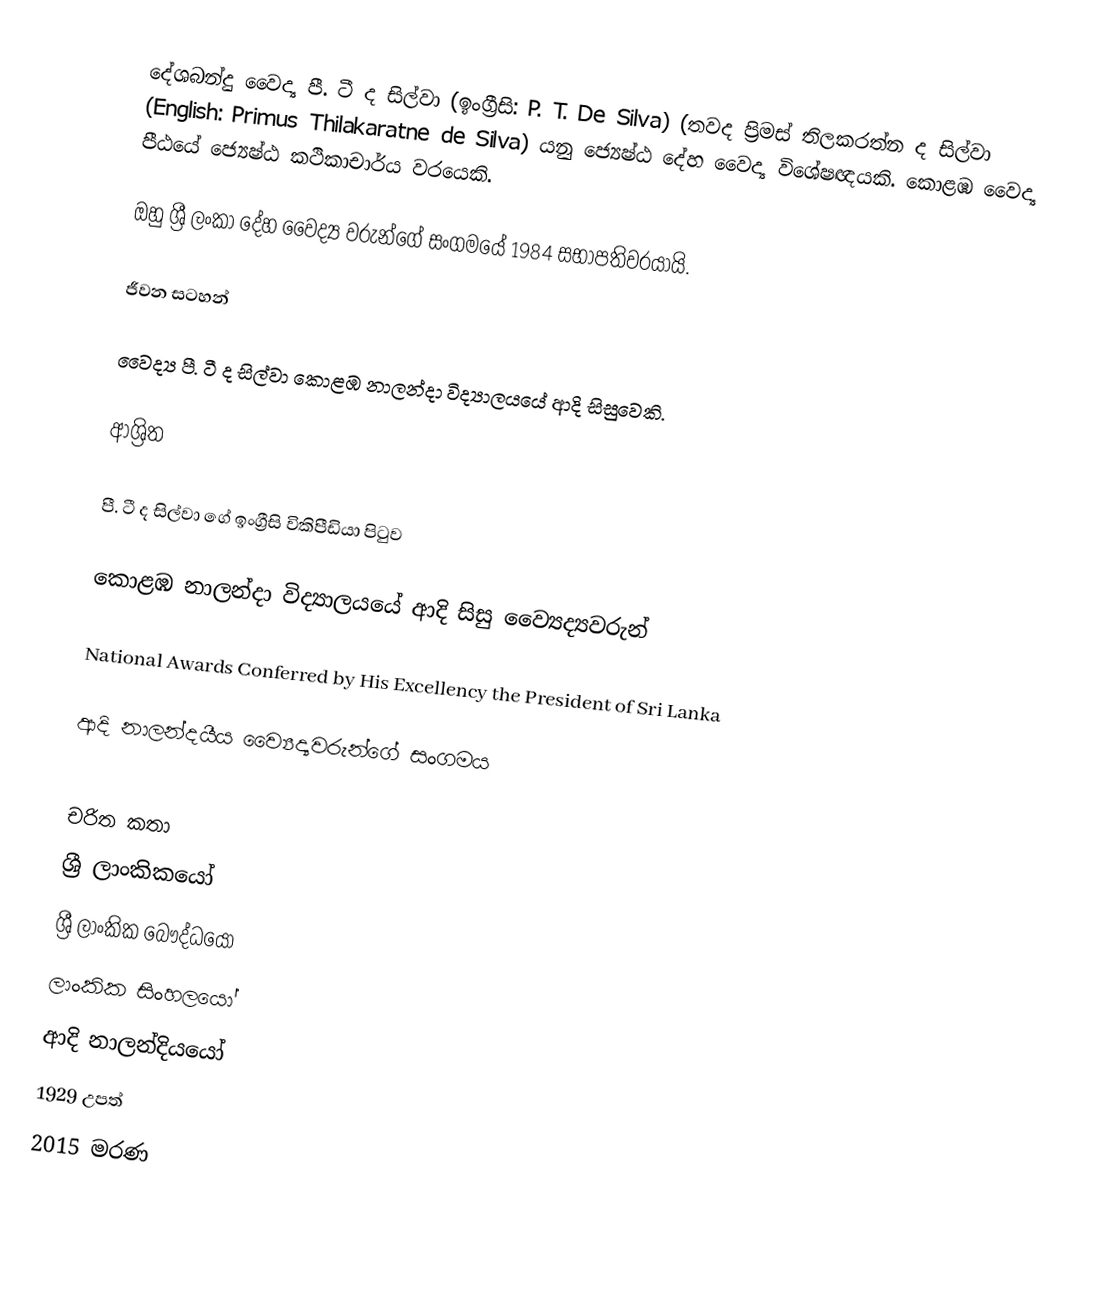
දේශබන්දු වෛද්‍ය පී. ටී ද සිල්වා (ඉංග්‍රීසි:  P. T. De Silva) (තවද ප්‍රිමස් තිලකරත්න ද සිල්වා (English: Primus Thilakaratne de Silva)  යනු ජ්‍යෙෂ්ඨ දේහ වෛද්‍ය විශේෂඥයකි. කොළඹ වෛද්‍ය පීඨයේ ජ්‍යෙෂ්ඨ කථිකාචාර්ය වරයෙකි.

ඔහු ශ්‍රී ලංකා දේහ වෛද්‍ය වරුන්ගේ සංගමයේ 1984 සභාපතිවරයායි.

ජීවන සටහන්

වෛද්‍ය පී. ටී ද සිල්වා  කොළඹ නාලන්දා විද්‍යාලයයේ ආදි සිසුවෙකි.

ආශ්‍රිත

 පී. ටී ද සිල්වා ගේ ඉංග්‍රීසි විකිපීඩියා පිටුව

 කොළඹ නාලන්දා විද්‍යාලයයේ ආදි සිසු ව්‍යෛද්‍යවරුන්

 National Awards Conferred by His Excellency the President of Sri Lanka

 ආදි නාලන්දයීය ව්‍යෛද්‍යවරුන්ගේ සංගමය

චරිත කතා
ශ්‍රී ලාංකිකයෝ
ශ්‍රී ලාංකික බෞද්ධයෝ
ලාංකික සිංහලයෝ
ආදි නාලන්දියයෝ
1929 උපත්
2015 මරණ